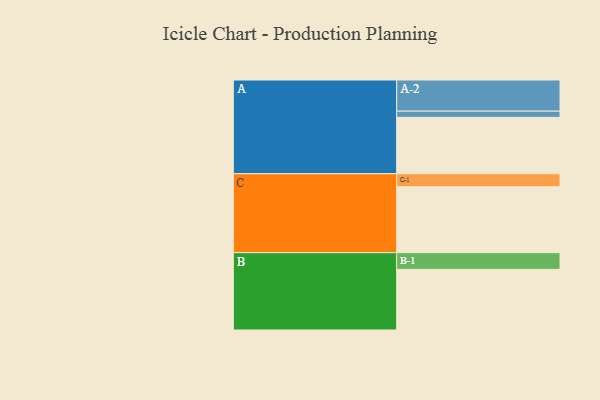
{"axis": {"x": "Segment", "y": "Value"}, "legend": ["", "A", "B", "C"], "data": [{"x": "A", "y": 501, "type": ""}, {"x": "B", "y": 539, "type": ""}, {"x": "C", "y": 586, "type": ""}, {"x": "A-1", "y": 55, "type": "A"}, {"x": "A-2", "y": 277, "type": "A"}, {"x": "B-1", "y": 148, "type": "B"}, {"x": "C-1", "y": 115, "type": "C"}]}